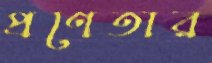
প্রণেতার